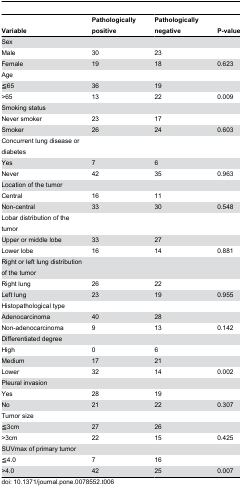
<table><thead><tr><td><b>Variable</b></td><td><b>Pathologically positive</b></td><td><b>Pathologically negative</b></td><td><b>P-value</b></td></tr></thead><tbody><tr><td>Sex</td><td></td><td></td><td></td></tr><tr><td> Male</td><td>30</td><td>23</td><td></td></tr><tr><td> Female</td><td>19</td><td>18</td><td>0.623</td></tr><tr><td>Age</td><td></td><td></td><td></td></tr><tr><td> ≦65</td><td>36</td><td>19</td><td></td></tr><tr><td> &gt;65</td><td>13</td><td>22</td><td>0.009</td></tr><tr><td>Smoking status</td><td></td><td></td><td></td></tr><tr><td> Never smoker</td><td>23</td><td>17</td><td></td></tr><tr><td> Smoker</td><td>26</td><td>24</td><td>0.603</td></tr><tr><td>Concurrent lung disease or diabetes</td><td></td><td></td><td></td></tr><tr><td> Yes</td><td>7</td><td>6</td><td></td></tr><tr><td> Never</td><td>42</td><td>35</td><td>0.963</td></tr><tr><td>Location of the tumor</td><td></td><td></td><td></td></tr><tr><td> Central</td><td>16</td><td>11</td><td></td></tr><tr><td> Non-central</td><td>33</td><td>30</td><td>0.548</td></tr><tr><td>Lobar distribution of the tumor</td><td></td><td></td><td></td></tr><tr><td> Upper or middle lobe</td><td>33</td><td>27</td><td></td></tr><tr><td> Lower lobe</td><td>16</td><td>14</td><td>0.881</td></tr><tr><td>Right or left lung distribution of the tumor</td><td></td><td></td><td></td></tr><tr><td> Right lung</td><td>26</td><td>22</td><td></td></tr><tr><td> Left lung</td><td>23</td><td>19</td><td>0.955</td></tr><tr><td>Histopathological type</td><td></td><td></td><td></td></tr><tr><td> Adenocarcinoma</td><td>40</td><td>28</td><td></td></tr><tr><td> Non-adenocarcinoma</td><td>9</td><td>13</td><td>0.142</td></tr><tr><td>Differentiated degree</td><td></td><td></td><td></td></tr><tr><td> High</td><td>0</td><td>6</td><td></td></tr><tr><td> Medium</td><td>17</td><td>21</td><td></td></tr><tr><td> Lower</td><td>32</td><td>14</td><td>0.002</td></tr><tr><td>Pleural invasion</td><td></td><td></td><td></td></tr><tr><td> Yes</td><td>28</td><td>19</td><td></td></tr><tr><td> No</td><td>21</td><td>22</td><td>0.307</td></tr><tr><td>Tumor size</td><td></td><td></td><td></td></tr><tr><td> ≦3cm</td><td>27</td><td>26</td><td></td></tr><tr><td> &gt;3cm</td><td>22</td><td>15</td><td>0.425</td></tr><tr><td>SUVmax of primary tumor</td><td></td><td></td><td></td></tr><tr><td> ≦4.0</td><td>7</td><td>16</td><td></td></tr><tr><td> &gt;4.0</td><td>42</td><td>25</td><td>0.007</td></tr></tbody></table>